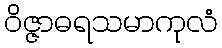
ဝိဇ္ဇာဓရသမာကုလံ